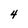
Character: 4